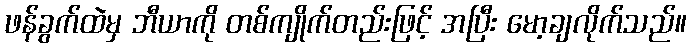
ဖန်ခွက်ထဲမှ ဘီယာကို တစ်ကျိုက်တည်းဖြင့် အပြီး မော့ချလိုက်သည်။